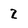
Character: 2